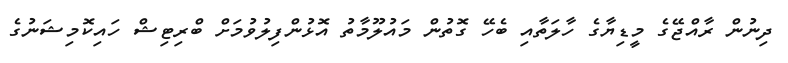
ދިނުން ރާއްޖޭގެ މީޑިޔާގެ ހާލަތާއި ބެހޭ ގޮތުން މައުލޫމާތު އޮޅުންފިލުވުމަށް ބްރިޓިޝް ހައިކޮމިޝަނުގެ